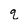
Character: q